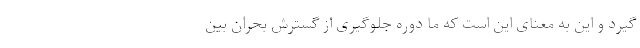
گیرد و این به معنای این است که ما دوره جلوگیری از گسترش بحران بین